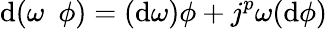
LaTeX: \mathrm{d}(\omega\ \ \phi)=(\mathrm{d}\omega)\phi+j^{p}\omega(\mathrm{d}\phi)